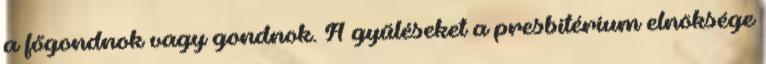
a főgondnok vagy gondnok. A gyűléseket a presbitérium elnöksége